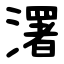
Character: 濖